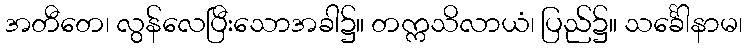
အတီတေ၊ လွန်လေပြီးသောအခါ၌။ တက္ကသိလာယံ၊ ပြည်၌။ သင်္ခေါနာမ၊